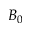
B _ { 0 }